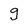
Character: g